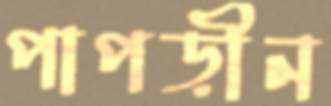
পাপড়ীন